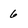
Character: 6